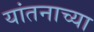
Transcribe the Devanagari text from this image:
यांतनाच्या